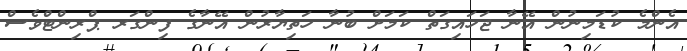
އެންމެ ކުޑަމިނުން އޭނާ ޖަހައިގަތް ކަމަށް ބުނާ ހަތިޔާރުން އޭނާގެ ފިންގަރ ޕްރިންޓްވެސް